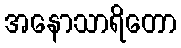
အနောသာရိတော